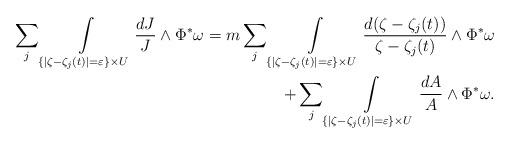
LaTeX: \begin{align*}\sum_j \int\limits_{\{|\zeta-\zeta_j(t)|= \varepsilon\} \times U}\frac{dJ}{J}\wedge\Phi^*\omega =m \sum_j \int\limits_{\{|\zeta-\zeta_j(t)|=\varepsilon\} \times U}\frac{d(\zeta-\zeta_j(t))}{\zeta-\zeta_j(t)}\wedge \Phi^*\omega \\ +\sum_j\int\limits_{\{|\zeta-\zeta_j(t)|=\varepsilon\} \times U}\frac{dA}{A}\wedge\Phi^*\omega.\end{align*}